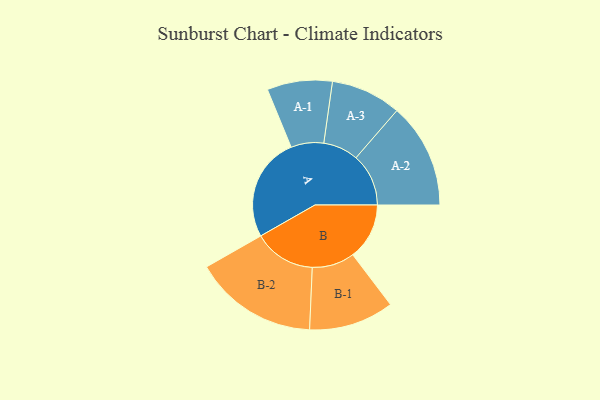
{"axis": {"x": "Segment", "y": "Value"}, "legend": ["", "A", "B"], "data": [{"x": "A", "y": 444, "type": ""}, {"x": "B", "y": 241, "type": ""}, {"x": "A-1", "y": 139, "type": "A"}, {"x": "A-2", "y": 224, "type": "A"}, {"x": "A-3", "y": 150, "type": "A"}, {"x": "B-1", "y": 181, "type": "B"}, {"x": "B-2", "y": 264, "type": "B"}]}